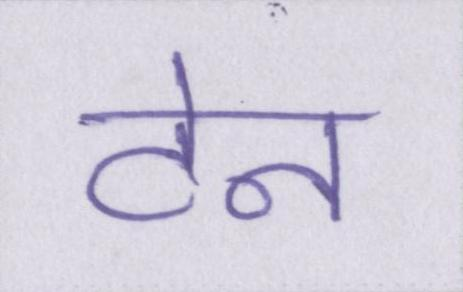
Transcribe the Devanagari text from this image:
टेन